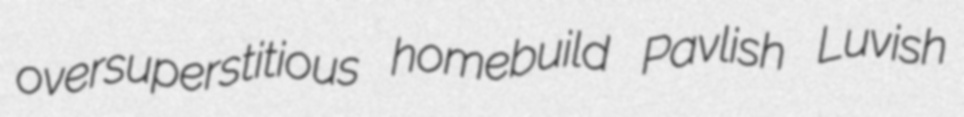
oversuperstitious homebuild Pavlish Luvish